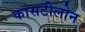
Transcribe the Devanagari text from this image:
कासटीलोन